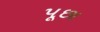
પૂછા